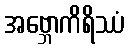
အဗ္ဘောကိရိဿံ